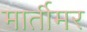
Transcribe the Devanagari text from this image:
मार्तीमर